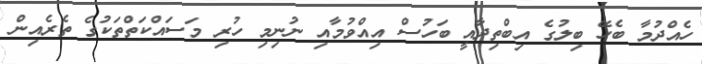
ހެއްދުމާ ބެހޭ ބިލުގެ އިބްތިދާއީ ބަހުސް އިއްވުމާއި ނުނިމި ހުރި މަސައްކަތްތަކުގެ ތެރެއިން